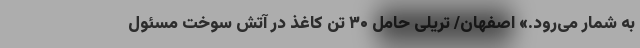
به شمار می‌رود.» اصفهان/ تریلی حامل ۳۰ تن کاغذ در آتش سوخت مسئول